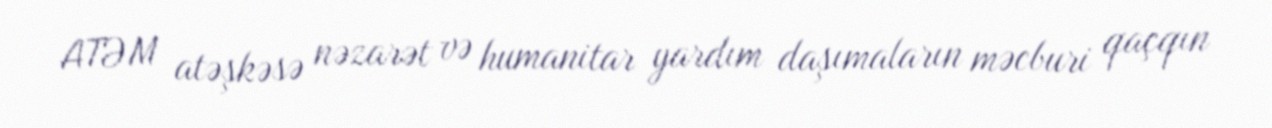
ATƏM atəşkəsə nəzarət və humanitar yardım daşımaların məcburi qaçqın